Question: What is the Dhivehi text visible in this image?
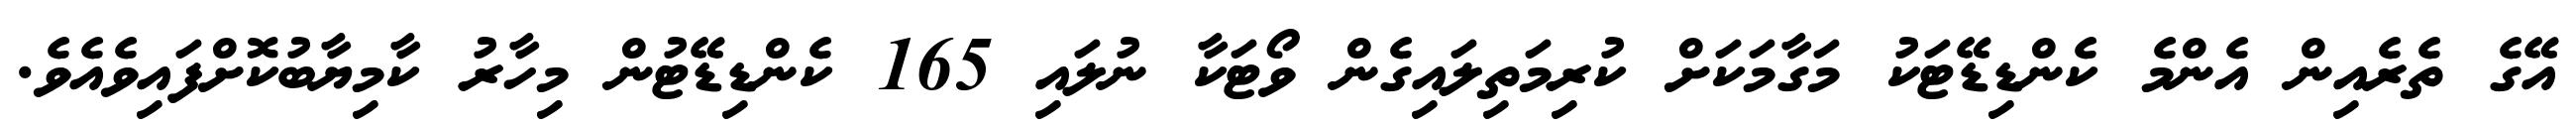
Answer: އޭގެ ތެރެއިން އެންމެ ކެންޑިޑޭޓަކު މަގާމަކަށް ކުރިމަތިލައިގެން ވޯޓަކާ ނުލައި 165 ކެންޑިޑޭޓުން މިހާރު ކާމިޔާބުކޮށްފައިވެއެވެ.